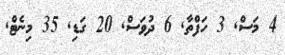
4 މަސް